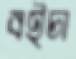
বইচা